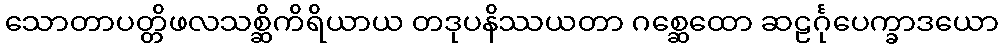
သောတာပတ္တိဖလသစ္ဆိကိရိယာယ တဒုပနိဿယတာ ဂစ္ဆေထော ဆဠင်္ဂုပေက္ခာဒယော